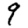
Digit: 9